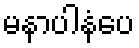
မနာပါနံပေ